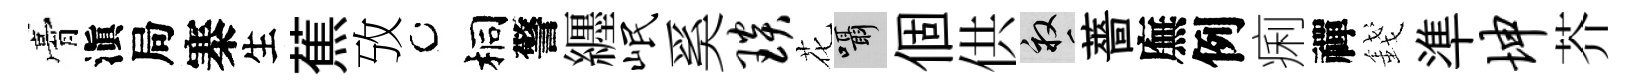
膏滇局寨生蕉攷桐警纒岷奚琰花囁個供畝薔廡例痢禪錢準坤芥